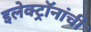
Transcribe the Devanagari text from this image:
इलेक्ट्रॉनांची